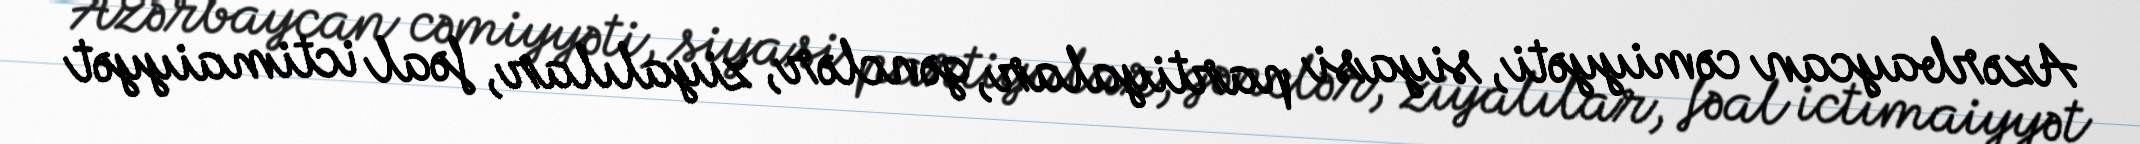
Azərbaycan cəmiyyəti, siyasi partiyalar, gənclər, ziyalılar, fəal ictimaiyyət